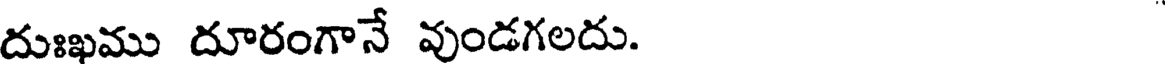
దుఃఖము దూరంగానే వుండగలదు.